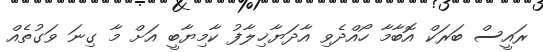
ރައީސް ބަރަކް އޮބާމާ ހޯއްދެވި އާދަޔާޚިލާފު ކާމިޔާބީ އަށް މާ ގިނަ ވަގުތެއް